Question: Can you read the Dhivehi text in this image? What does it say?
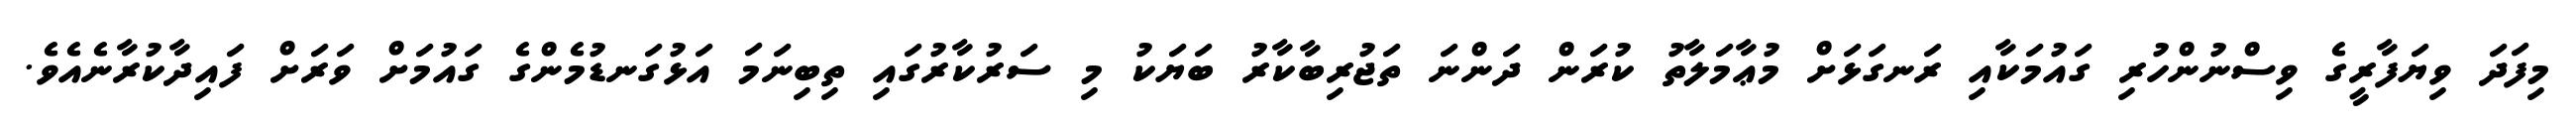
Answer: މިފަދަ ވިޔަފާރީގެ ވިސްނުންހުރި ގައުމަކާއި ރަނގަޅަށް މުޢާމަލާތު ކުރަން ދަންނަ ތަޖުރިބާކާރު ބަޔަކު މި ސަރުކާރުގައި ތިބިނަމަ އަޅުގަނޑުމެންގެ ގައުމަށް ވަރަށް ފައިދާކުރާނެއެވެ.